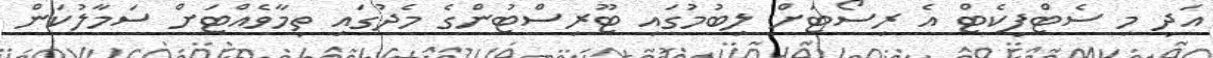
އަދި މި ސެޓްފިކެޓް އެ ރިސޯޓަށް ލިބުމުގައި ޓޫރިސްޓުންގެ މެދުގައި ތިމާވެއްޓަށް ސަމާލުކަން